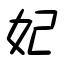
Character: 妃